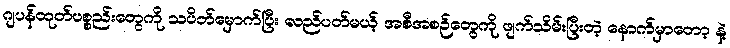
ဂျပန်ထုတ်ပစ္စည်းတွေကို သပိတ်မှောက်ပြီး လည်ပတ်မယ့် အစီအစဉ်တွေကို ဖျက်သိမ်းပြီးတဲ့ နောက်မှာတော့ နဲ့